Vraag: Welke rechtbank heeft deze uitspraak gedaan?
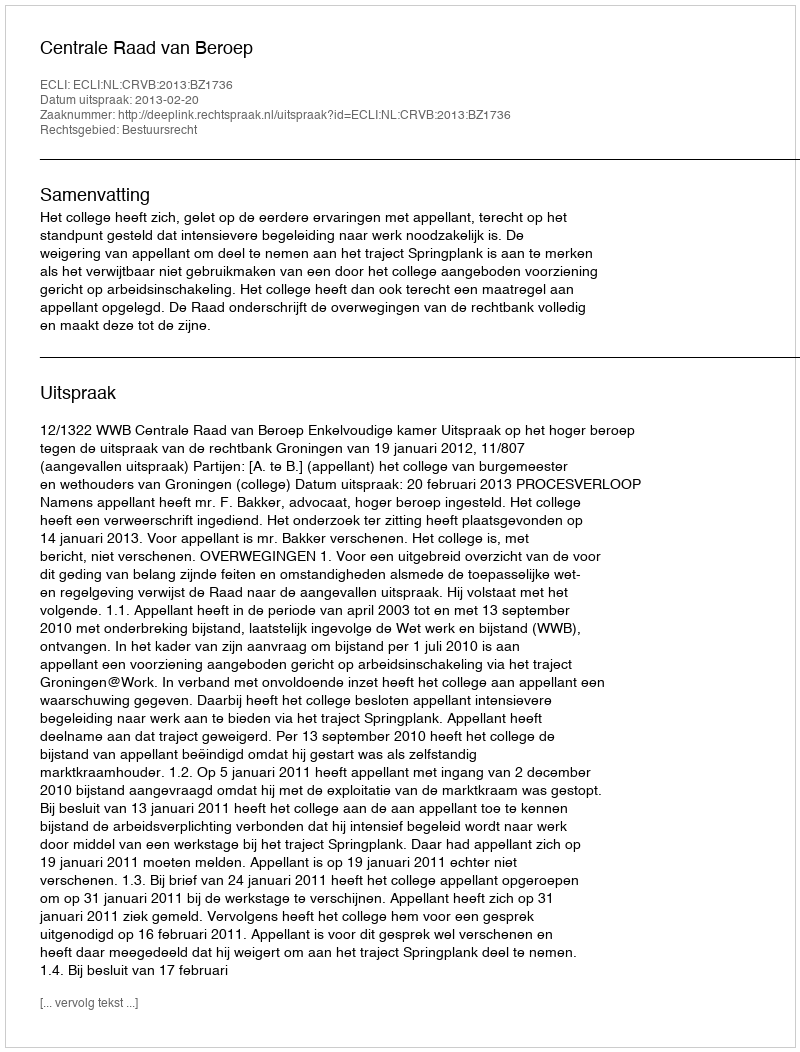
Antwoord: Centrale Raad van Beroep